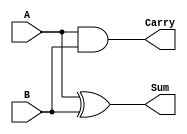
`timescale 1ns / 1ps
//////////////////////////////////////////////////////////////////////////////////
// Company: 
// Engineer: 
// 
// Design Name: 
// Module Name: Half_adder
// Project Name: 
// Target Devices: 
// Tool Versions: 
// Description: 
// 
// Dependencies: 
// 
// Revision:
// Revision 0.01 - File Created
// Additional Comments:
// 
//////////////////////////////////////////////////////////////////////////////////


module Half_adder(
input A,B,
output Sum,Carry
);

xor sum1(Sum,A,B);
and carry1(Carry,A,B);

endmodule